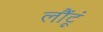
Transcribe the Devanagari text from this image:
लौंटूं